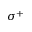
\sigma ^ { + }